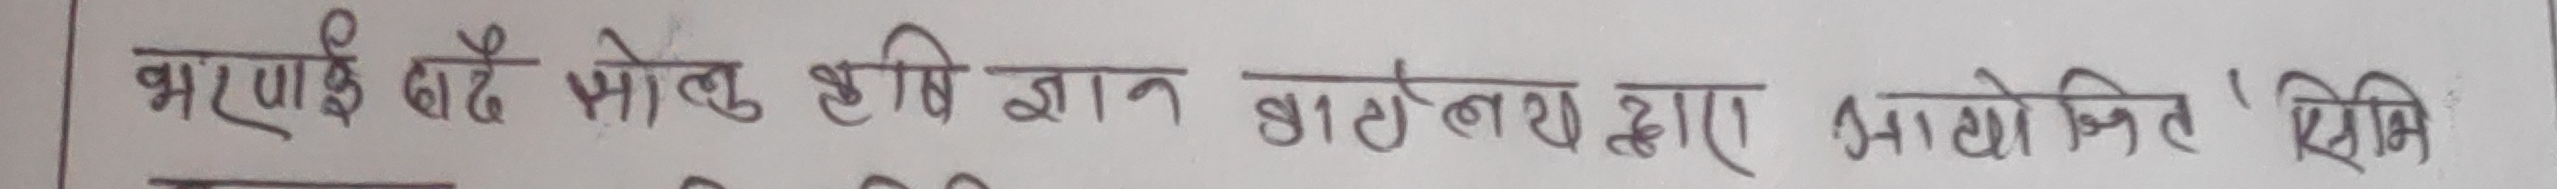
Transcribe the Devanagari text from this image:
भराई देउ फोहोर कृषि ज्ञान प्रतिष्ठान द्वारा आयोजित ‘भूमि’